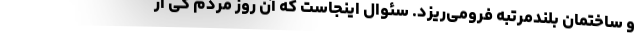
و ساختمان بلند‌مرتبه فرومی‌ریزد. سئوال اینجاست که آن روز مردم کی از